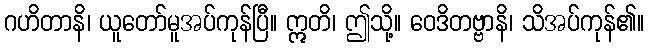
ဂဟိတာနိ၊ ယူတော်မူအပ်ကုန်ပြီ။ ဣတိ၊ ဤသို့။ ဝေဒိတဗ္ဗာနိ၊ သိအပ်ကုန်၏။